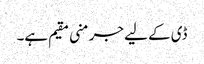
ڈی کے لیے جرمنی مقیم ہے۔